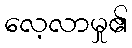
လေ့လာမှု၏